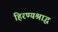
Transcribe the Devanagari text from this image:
हिरण्यश्राद्ध